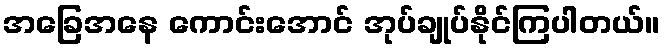
အခြေအနေ ကောင်းအောင် အုပ်ချုပ်နိုင်ကြပါတယ်။